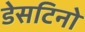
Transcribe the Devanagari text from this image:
डेसटिनो